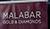
malabar